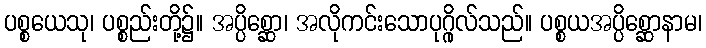
ပစ္စယေသု၊ ပစ္စည်းတို့၌။ အပ္ပိစ္ဆော၊ အလိုကင်းသောပုဂ္ဂိုလ်သည်။ ပစ္စယအပ္ပိစ္ဆောနာမ၊